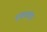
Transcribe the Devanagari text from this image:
एकमंगा